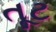
તૂટ